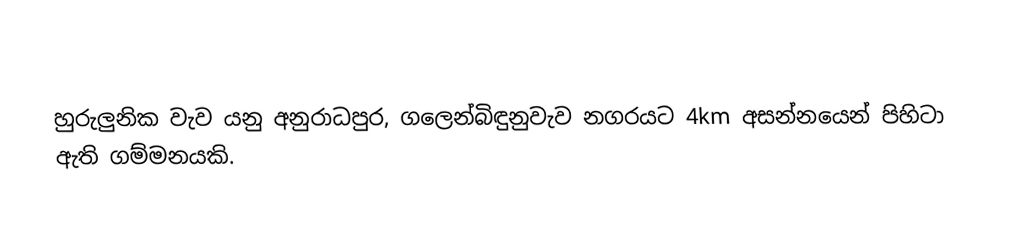
හුරුලුනික වැව යනු අනුරාධපුර, ගලෙන්බිඳුනුවැව නගරයට 4km අසන්නයෙන් පිහිටා ඇති  ගම්මනයකි.